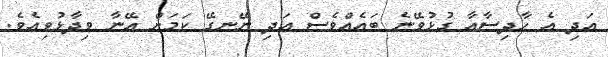
އަދި އެ ހާދިސާއާ ގުޅުވޭނެ ބައެއްވެސް އަދި ނޭނގޭ ކަމަށް އޭނާ ވިދާޅުވިއެވެ.